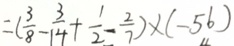
= ( \frac { 3 } { 8 } - \frac { 3 } { 1 4 } + \frac { 1 } { 2 } - \frac { 2 } { 7 } ) \times ( - 5 6 )